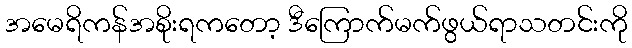
အမေရိကန်အစိုးရကတော့ ဒီကြောက်မက်ဖွယ်ရာသတင်းကို